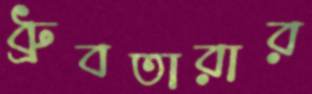
ধ্রুবতারার